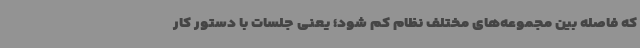
که فاصله بین مجموعه‌های مختلف نظام کم شود؛ یعنی جلسات با دستور کار